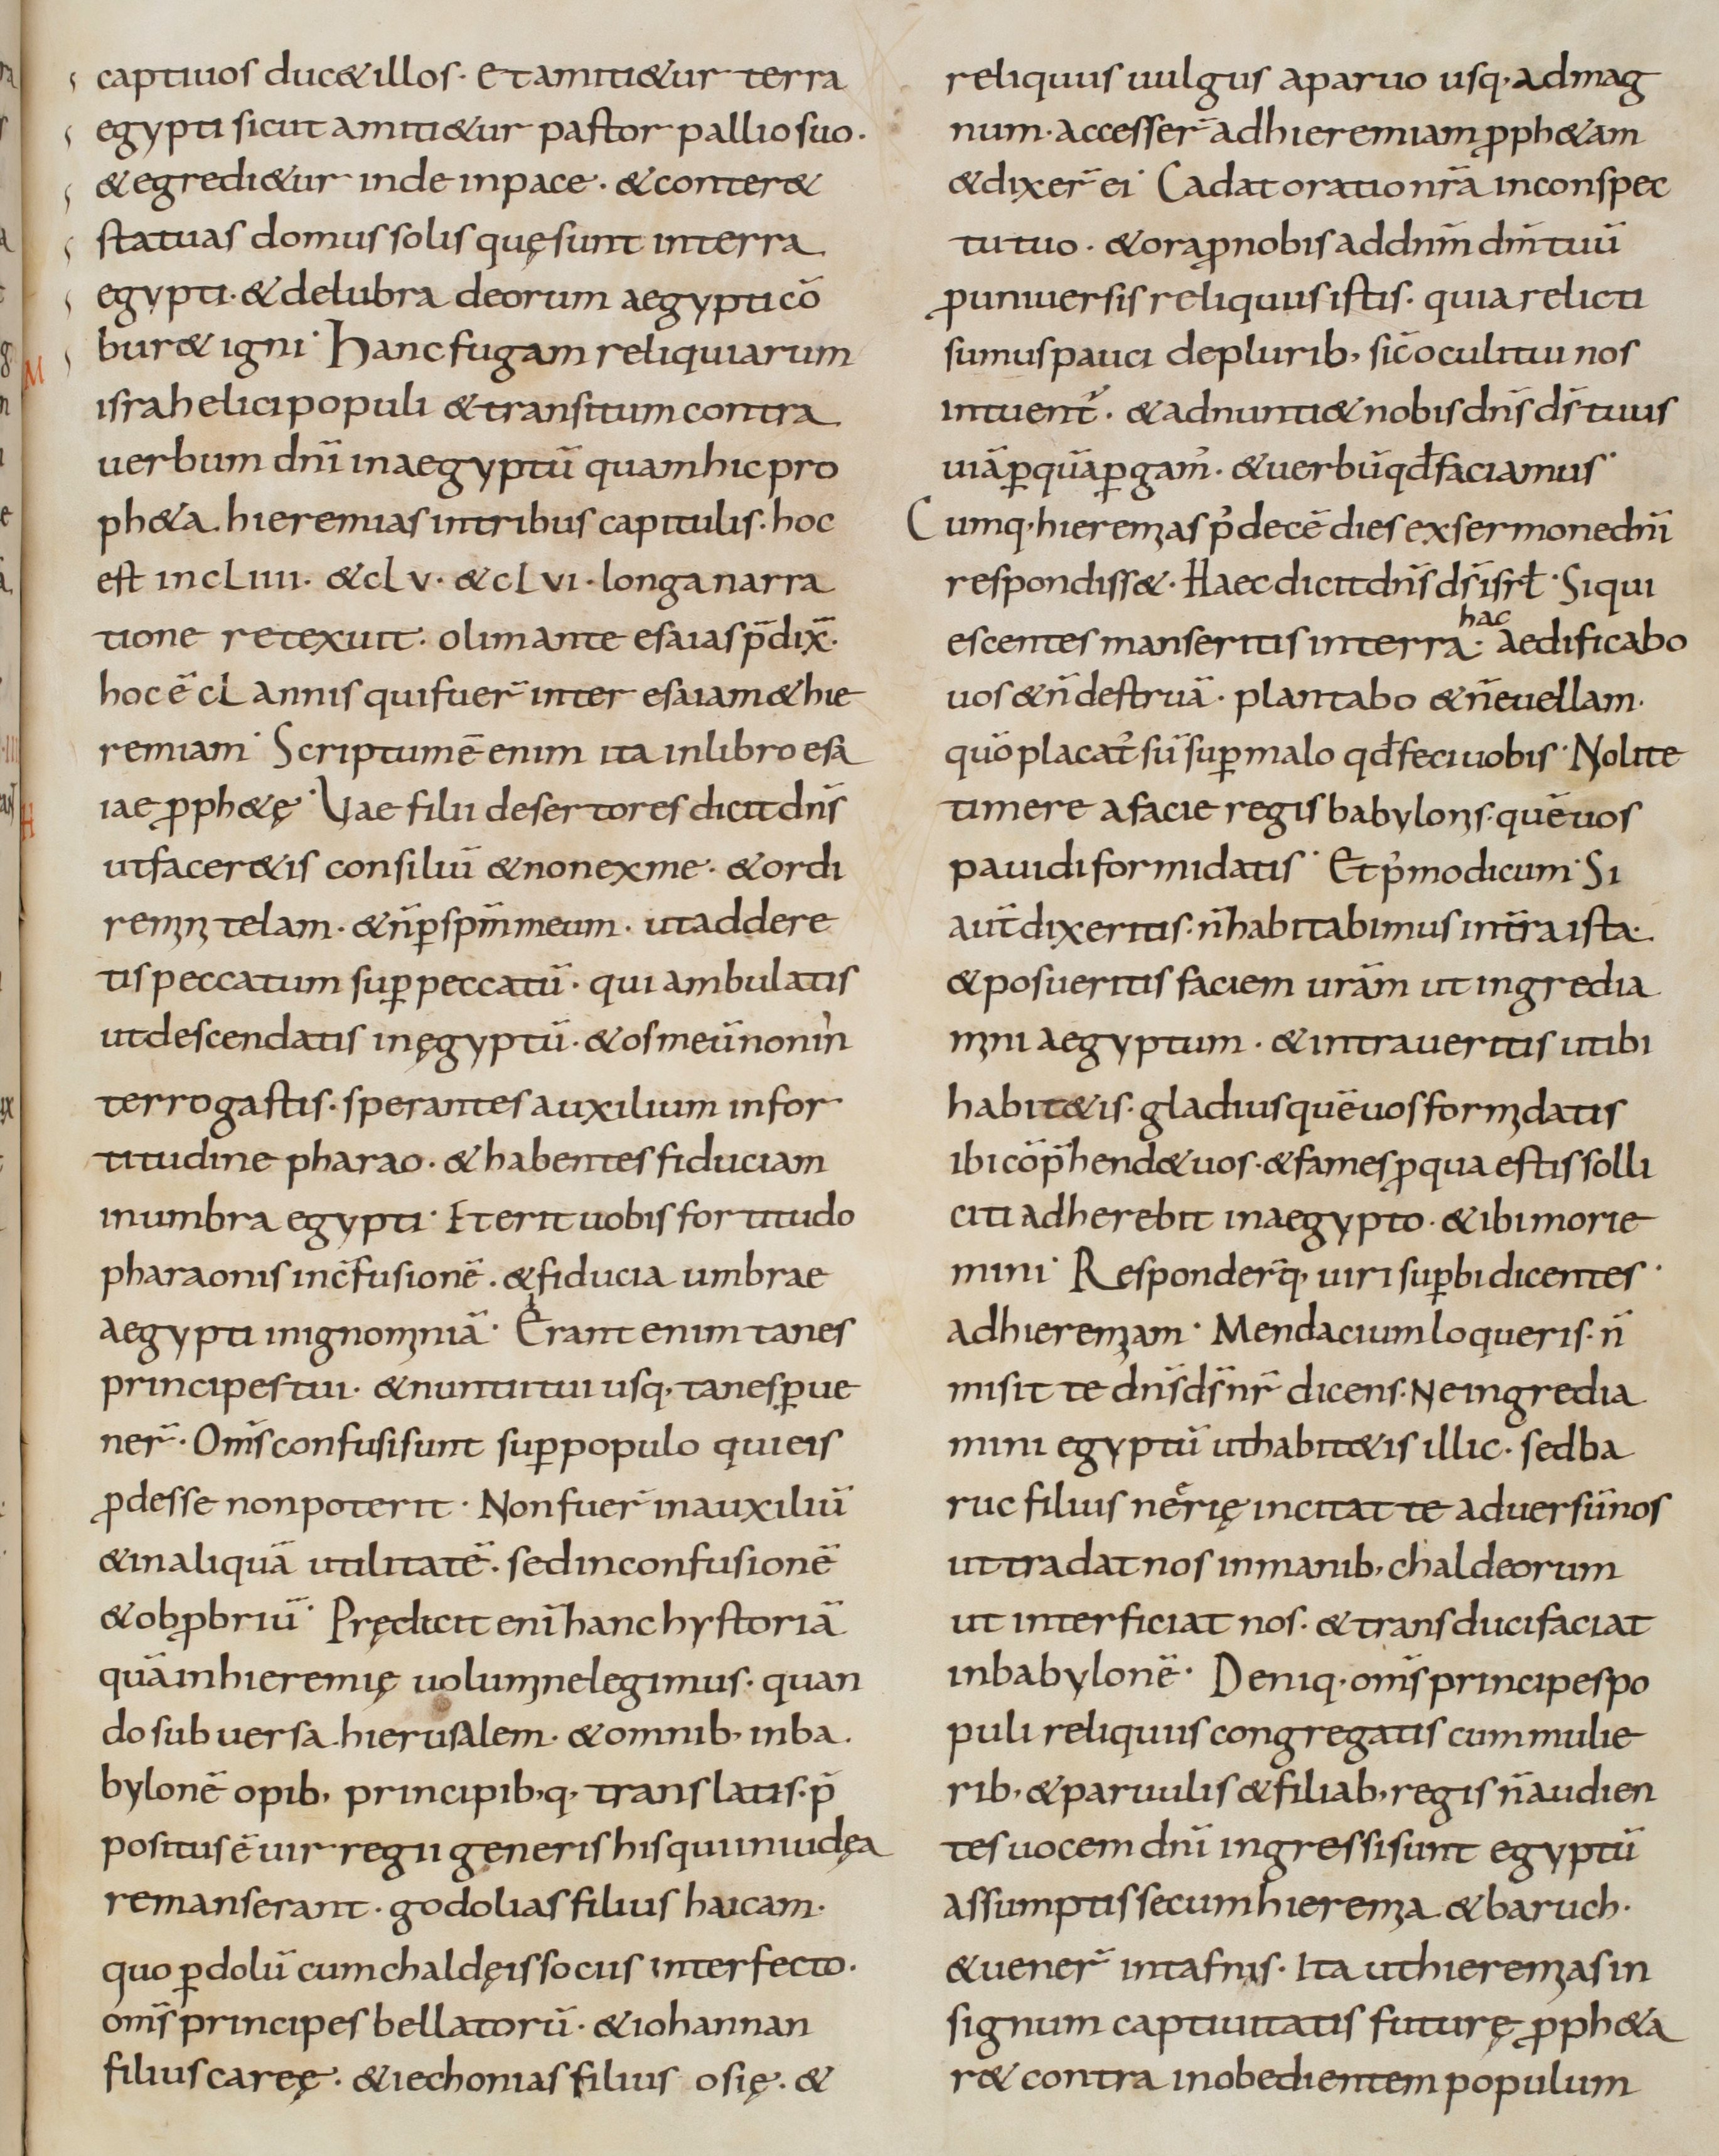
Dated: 800–899